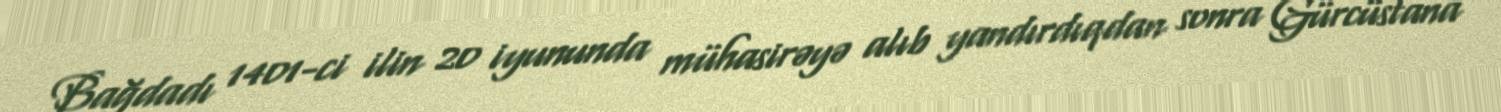
Bağdadı 1401-ci ilin 20 iyununda mühasirəyə alıb yandırdıqdan sonra Gürcüstana